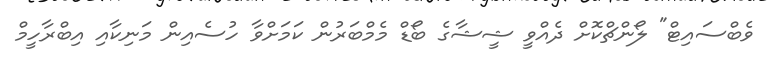
ވެބްސައިޓް" ލޯންޗްކޮށް ދެއްވީ ޝީޝާގެ ބޯޑް މެމްބަރުން ކަމަށްވާ ހުސެއިން މަނިކާއި އިބްރާހީމް